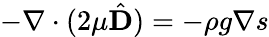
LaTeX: -\nabla\cdot(2\mu\hat{\mathbf{D}})=-\rho g\nabla s